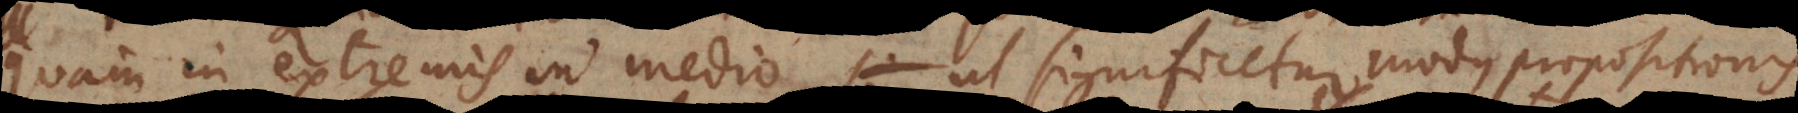
quam in extremis, in medio ut significetur modus propositionis